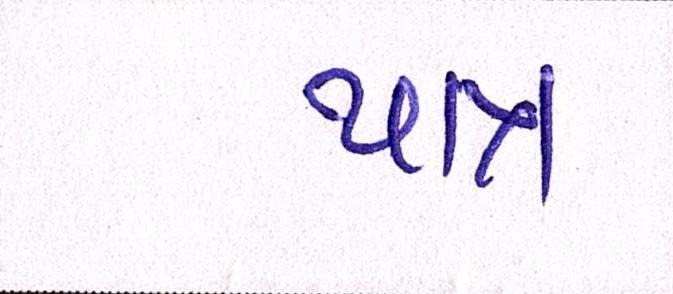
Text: પાત્ર